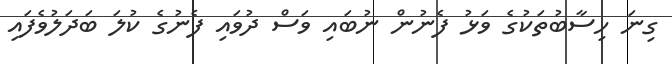
ގިނަ ހިސާބުތަކުގެ ވަޅު ފެނުން ނުބައި ވަސް ދުވައި ފެނުގެ ކުލަ ބަދަލުވެފައި